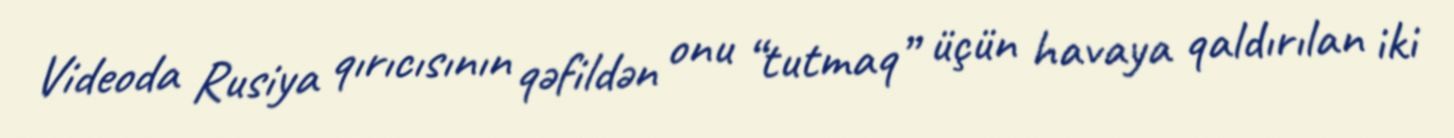
Videoda Rusiya qırıcısının qəfildən onu “tutmaq” üçün havaya qaldırılan iki